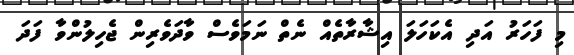
މި ފަހަރު އަދި އެކަހަލަ އިޝާރާތެއް ނެތް ނަމަވެސް ވާދަވެރިން ޖެހިލުންވާ ފަދަ